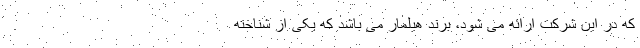
که در این شرکت ارائه می شود، برند هیلمار می باشد که یکی از شناخته